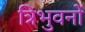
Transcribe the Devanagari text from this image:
त्रिभुवनों